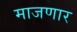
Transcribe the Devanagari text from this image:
माजणार